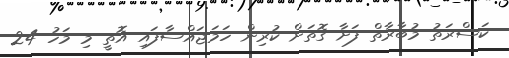
ކަސްރަތު މުބާރާތް ފަށާ ގޮތަށް ކުރިން ހަމަޖައްސާފައި އޮތީ މި މަހު 24